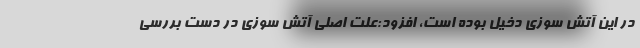
در این آتش سوزی دخیل بوده است، افزود:علت اصلی آتش سوزی در دست بررسی